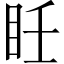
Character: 𥄮